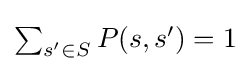
{\textstyle \sum _{s'\in S}P(s,s')=1}